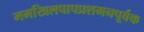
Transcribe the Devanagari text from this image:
ममखिलपापप्रशमनपूर्वक